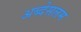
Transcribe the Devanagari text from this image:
अब्देसलम